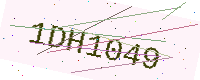
Text: 1DH1049